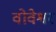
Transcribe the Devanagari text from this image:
वोवेश्वर